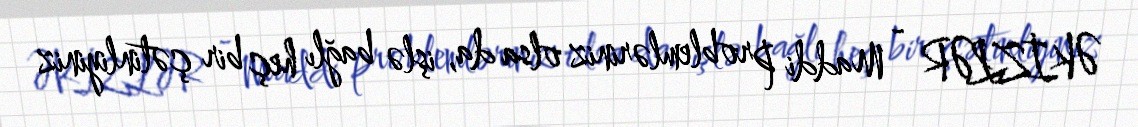
ƏKİZLƏR - Maddi problemləriniz olsa da, işlə bağlı heç bir çətinliyiniz